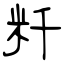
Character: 粁